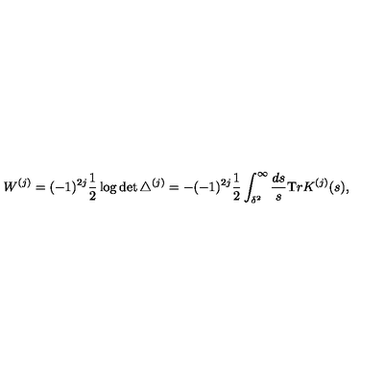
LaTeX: W ^ { ( j ) } = ( - 1 ) ^ { 2 j } \frac 1 2 \log \det \triangle ^ { ( j ) } = - ( - 1 ) ^ { 2 j } \frac 1 2 \int _ { \delta ^ { 2 } } ^ { \infty } { \frac { d s } { s } } { \mathrm { T } r } K ^ { ( j ) } ( s ) ,